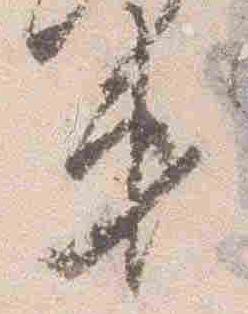
第